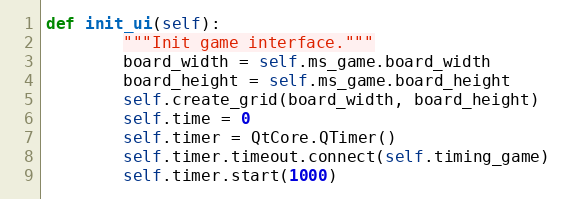
Language: Python
def init_ui(self):
        """Init game interface."""
        board_width = self.ms_game.board_width
        board_height = self.ms_game.board_height
        self.create_grid(board_width, board_height)
        self.time = 0
        self.timer = QtCore.QTimer()
        self.timer.timeout.connect(self.timing_game)
        self.timer.start(1000)